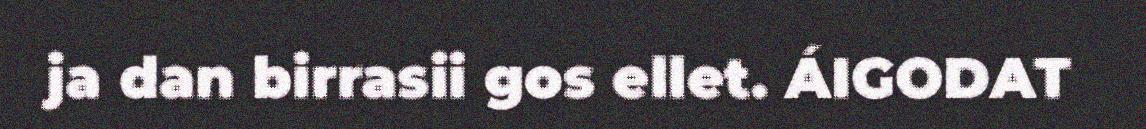
ja dan birrasii gos ellet. ÁIGODAT